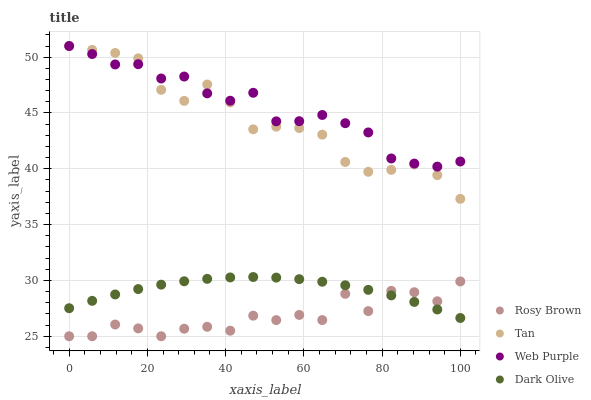
| xaxis_label | Rosy Brown | Tan | Web Purple | Dark Olive |
 | --- | --- | --- | --- | --- |
 | 0 | 25 | 51 | 51 | 27.5 |
 | 5.88 | 25 | 50.7 | 50.3 | 28.2 |
 | 11.8 | 26.1 | 50.4 | 49.3 | 28.7 |
 | 17.6 | 25.7 | 49.9 | 49.4 | 29.2 |
 | 23.5 | 25 | 47.1 | 48.1 | 29.6 |
 | 29.4 | 25.7 | 46.1 | 48.3 | 29.9 |
 | 35.3 | 25.8 | 47.6 | 46.8 | 30.1 |
 | 41.2 | 25.5 | 45.9 | 46.1 | 30.3 |
 | 47.1 | 26.8 | 43.5 | 46.8 | 30.3 |
 | 52.9 | 26.4 | 43.8 | 44.3 | 30.3 |
 | 58.8 | 26.9 | 43.7 | 44.3 | 30.1 |
 | 64.7 | 26.5 | 43.1 | 44.8 | 29.9 |
 | 70.6 | 28.8 | 40.6 | 44.1 | 29.6 |
 | 76.5 | 27.3 | 39.7 | 43.3 | 29.2 |
 | 82.4 | 29.1 | 39.9 | 40.9 | 28.7 |
 | 88.2 | 28.9 | 40.4 | 40.5 | 28.1 |
 | 94.1 | 28.1 | 39.4 | 40.2 | 27.4 |
 | 100 | 29.9 | 37.3 | 40.7 | 26.6 |